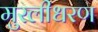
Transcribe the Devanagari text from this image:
मुरलीधरण